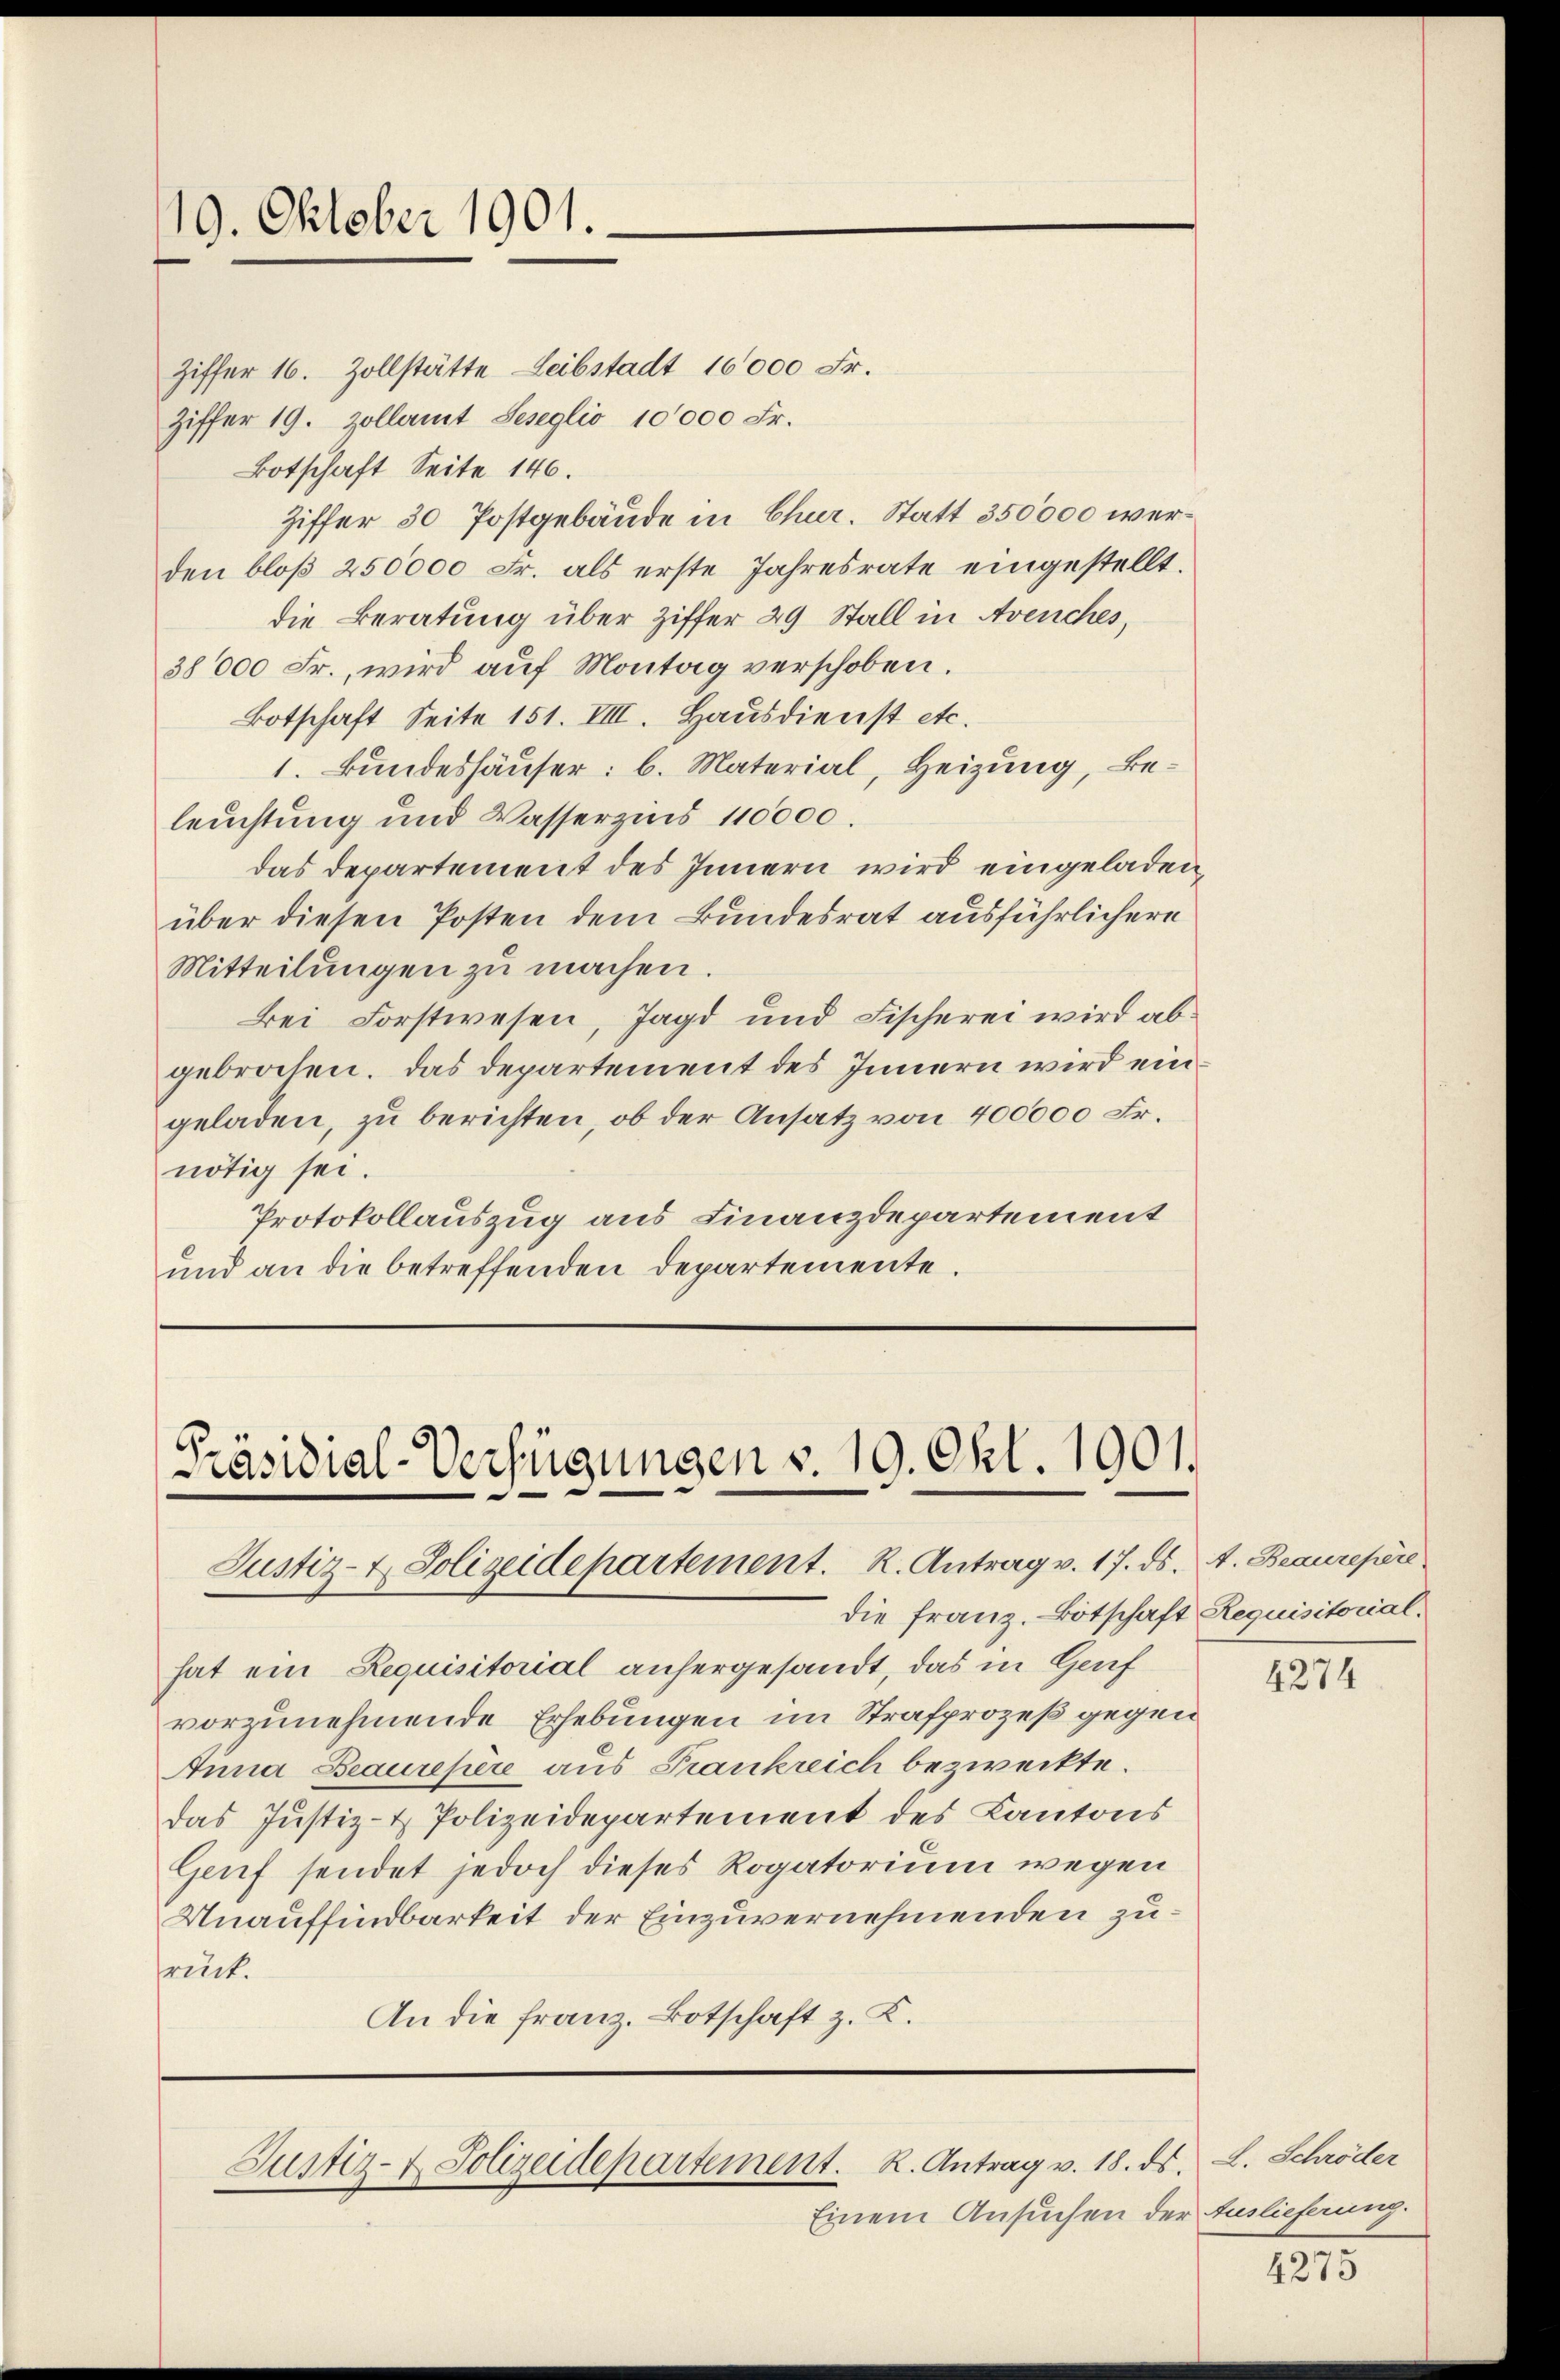
19. Oktober 1901.

Ziffer 16. Zollstätte Leibstadt 16000 Fr.
Ziffer 19. Zollamt Seseglio 10000 Fr.
Botschaft Seite 146.
Ziffer 30 Postgebäude in Chur. Statt 350000 werden bloß 250000 Fr. als erste Jahresrate eingestellt.
die Beratung über Ziffer 29 Stall in Avenches,
38000 Fr., wird auf Montag verschoben.
Botschaft Seite 151. VIII. Hausdienst etc.
1. Bundeshäuser: b. Material, Heizung, Beleuchtung und Wasserzins 110000.
das Departement des Innern wird eingeladen,
über diesen Posten dem Bundesrat ausführlichern
Mitteilŭngen zu machen.
Bei Forstwesen, Jagd und Fischerei wird abgebraten. Das Departement des Innern wird eingeladen, zu berichten, ob der Ansatz von 400000 Fr.
nötig sei.
Protokollauszug aus Finanzdepartement
und an die betreffenden Departemente.

Präsidial-Verfügungen v. 19. Okt. 1901.
Justiz- & Polizeidepartement. R. Antrag v. 17. ds.

die Franz. Botschaft Requisitorial.
hat ein Requisitorial anhergesandt, das in Genf
vorzunehmende Erhebungen im Strafprozeß gegen
Anna Beaurepere aus Frankreich bezweckte.
das Justiz- & Polizeidepartement des Kantons
Genf sendet jedoch dieses Rogatorium wegen
Unauffindbarkeit der Einzuvernehmenden zurück.
An die Franz. Botschaft z. K.

Justiz- u. Polizeidepartement. K. Antrag v. 18. ds. L. Schröder

Einem Ansuchen der Auslieferung.

A. Beaurepere

4274

4275